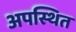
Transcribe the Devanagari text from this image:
अपस्थित